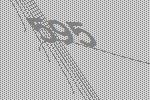
595